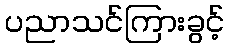
ပညာသင်ကြားခွင့်